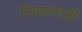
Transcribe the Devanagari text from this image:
निकलंगजी